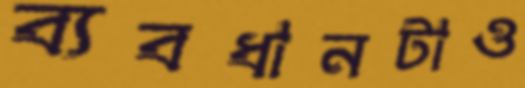
ব্যবধানটাও